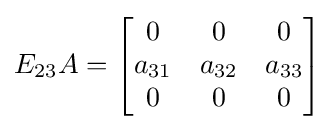
E_{23}A=\left[{\begin{matrix}0&0&0\\a_{31}&a_{32}&a_{33}\\0&0&0\end{matrix}}\right]